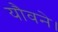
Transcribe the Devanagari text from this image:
यौवने।